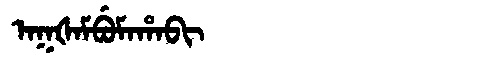
Manchu: ᠠᡴᡧᠠᠮᠪᡠᠮᠠᡥᠠᠪᡳ
Romanization: AKŠAMBUMAHABI